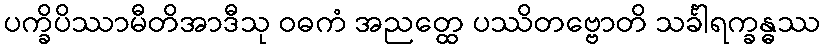
ပက္ခိပိဿာမီတိအာဒီသု ဝဓကံ အညတ္ထေ ပဿိတဗ္ဗောတိ သင်္ခါရက္ခန္ဓဿ